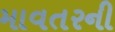
માવતરની